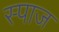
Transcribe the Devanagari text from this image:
स्पाज